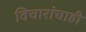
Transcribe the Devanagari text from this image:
विचारांचाही